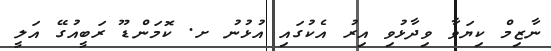
ނާޒިމް ކިޔަވާ ވިދާޅުވި އިރު އެކުގައި އުޅުނު ށ. ކޮމަންޑޫ ރަބީއުގޭ އަލީ